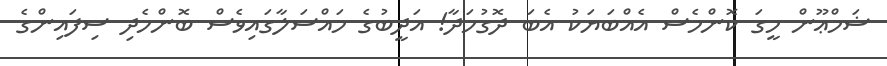
ޝަމްޢޫން މީގަ ކޮންމެސް އެއްބަޔަކު އެބަ ދޮގުހަދާ! އަދީބުގެ މައްސަލާގައިވެސް ބޮންހެދި ސިފައިންގެ